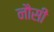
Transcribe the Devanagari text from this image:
नौसी